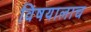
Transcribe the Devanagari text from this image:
विषयालाच